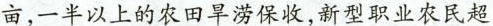
亩，一半以上的农田旱涝保收，新型职业农民超